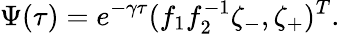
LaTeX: \Psi(\tau)=e^{-\gamma\tau}(f_{1}f_{2}^{-1}\zeta_{-},\zeta_{+})^{T}.